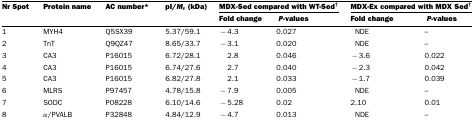
<table><thead><tr><td><b>Nr Spot</b></td><td><b>Protein name</b></td><td><b>AC number*</b></td><td><b>pI/<i>M</i><sub>r</sub> (kDa)</b></td><td colspan="2"><b>MDX-Sed compared with WT-Sed<sup>†</sup></b></td><td colspan="2"><b>MDX-Ex compared with MDX Sed<sup>†</sup></b></td></tr><tr><td></td><td></td><td></td><td></td><td><b>Fold change</b></td><td><b><i>P-</i>values</b></td><td><b>Fold change</b></td><td><b><i>P-</i>values</b></td></tr></thead><tbody><tr><td>1</td><td>MYH4</td><td>Q5SX39</td><td>5.37/59.1</td><td>−4.3</td><td>0.027</td><td>NDE</td><td>–</td></tr><tr><td>2</td><td>TnT</td><td>Q9QZ47</td><td>8.65/33.7</td><td>−3.1</td><td>0.020</td><td>NDE</td><td>–</td></tr><tr><td>3</td><td>CA3</td><td>P16015</td><td>6.72/28.1</td><td>2.8</td><td>0.046</td><td>−3.6</td><td>0.022</td></tr><tr><td>4</td><td>CA3</td><td>P16015</td><td>6.74/27.6</td><td>2.7</td><td>0.040</td><td>−2.3</td><td>0.042</td></tr><tr><td>5</td><td>CA3</td><td>P16015</td><td>6.82/27.8</td><td>2.1</td><td>0.033</td><td>−1.7</td><td>0.039</td></tr><tr><td>6</td><td>MLRS</td><td>P97457</td><td>4.78/15.8</td><td>−7.9</td><td>0.005</td><td>NDE</td><td>–</td></tr><tr><td>7</td><td>SODC</td><td>P08228</td><td>6.10/14.6</td><td>−5.28</td><td>0.02</td><td>2.10</td><td>0.01</td></tr><tr><td>8</td><td>α/PVALB</td><td>P32848</td><td>4.84/12.9</td><td>−4.7</td><td>0.013</td><td>NDE</td><td>–</td></tr></tbody></table>